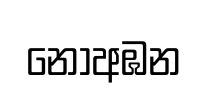
නොඅඹන